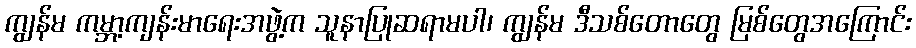
ကျွန်မ ကမ္ဘာ့ကျန်းမာရေးအဖွဲ့က သူနာပြုဆရာမပါ၊ ကျွန်မ ဒီသစ်တောတွေ မြစ်တွေအကြောင်း